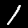
Digit: 1